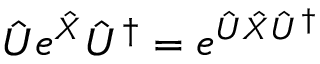
\hat { U } e ^ { \hat { X } } \hat { U } ^ { \dag } = e ^ { \hat { U } \hat { X } \hat { U } ^ { \dag } }